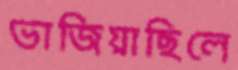
ভাজিয়াছিলে